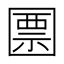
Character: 𡈜